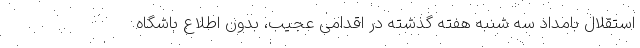
استقلال بامداد سه شنبه هفته گذشته در اقدامی عجیب، بدون اطلاع باشگاه